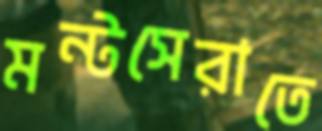
মন্টসেরাতে